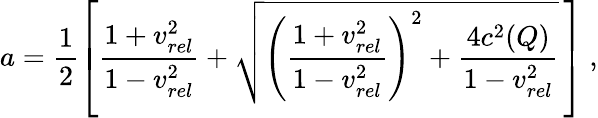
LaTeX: a=\frac{1}{2}\left[\frac{1+v_{rel}^{2}}{1-v_{rel}^{2}}+\sqrt{\left(\frac{1+v_{rel}^{2}}{1-v_{rel}^{2}}\right)^{2}+\frac{4c^{2}(Q)}{1-v_{rel}^{2}}}\, \right]\ ,